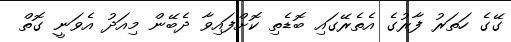
ގޭގެ ހަތަރު ފާރުގެ އެތެރޭގައި ބޮޑެތި ކޮށްފައިވާ ދެބޭން މިއަދު އެވަނީ ގޮތް